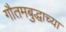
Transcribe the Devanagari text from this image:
गौतमबुद्धाच्या